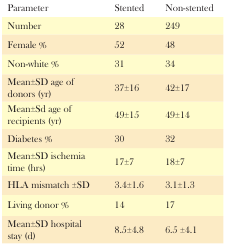
<table><thead><tr><td><b>Parameter</b></td><td><b>Stented</b></td><td><b>Non-stented</b></td></tr></thead><tbody><tr><td>Number</td><td>28</td><td>249</td></tr><tr><td>Female %</td><td>52</td><td>48</td></tr><tr><td>Non-white%</td><td>31</td><td>34</td></tr><tr><td>Mean±SD age of donors (yr)</td><td>37±16</td><td>42±17</td></tr><tr><td>Mean±Sd age of recipients (yr)</td><td>49±15</td><td>49±14</td></tr><tr><td>Diabetes %</td><td>30</td><td>32</td></tr><tr><td>Mean±SD ischemia time (hrs)</td><td>17±7</td><td>18±7</td></tr><tr><td>HLA mismatch ±SD</td><td>3.4±1.6</td><td>3.1±1.3</td></tr><tr><td>Living donor %</td><td>14</td><td>17</td></tr></tbody></table>